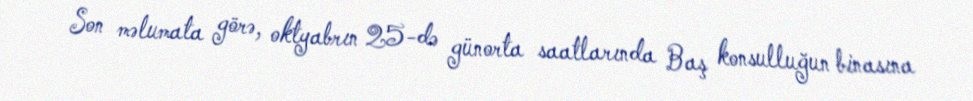
Son məlumata görə, oktyabrın 25-də günorta saatlarında Baş konsulluğun binasına